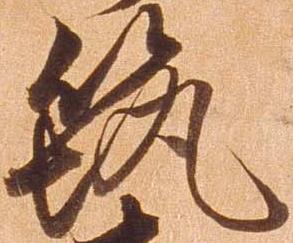
筑